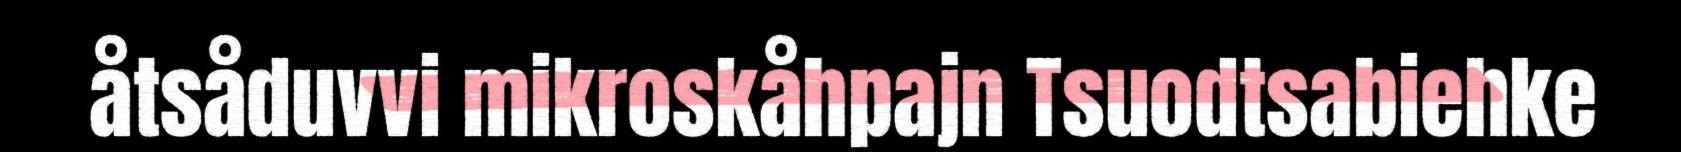
åtsåduvvi mikroskåhpajn Tsuodtsabiehke